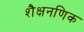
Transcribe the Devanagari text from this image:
शैक्षनणिक